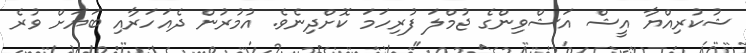
ޝުކުރިއްޔާ އީޝް އަޝްވިންގެ ޖުމްލަ ފުރިހަމަ ކޮށްދިނެވެ. އުމުރުން ދެއަހަރާއި ބަޔަށް ވުރެ